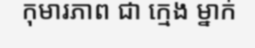
កុមារភាព ជា ក្មេង ម្នាក់